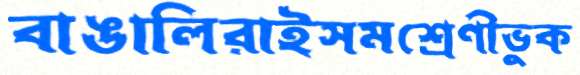
বাঙালিরাইসমশ্রেণীভুক